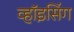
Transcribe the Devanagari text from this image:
व्हॉइसिंग